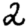
Digit: 2